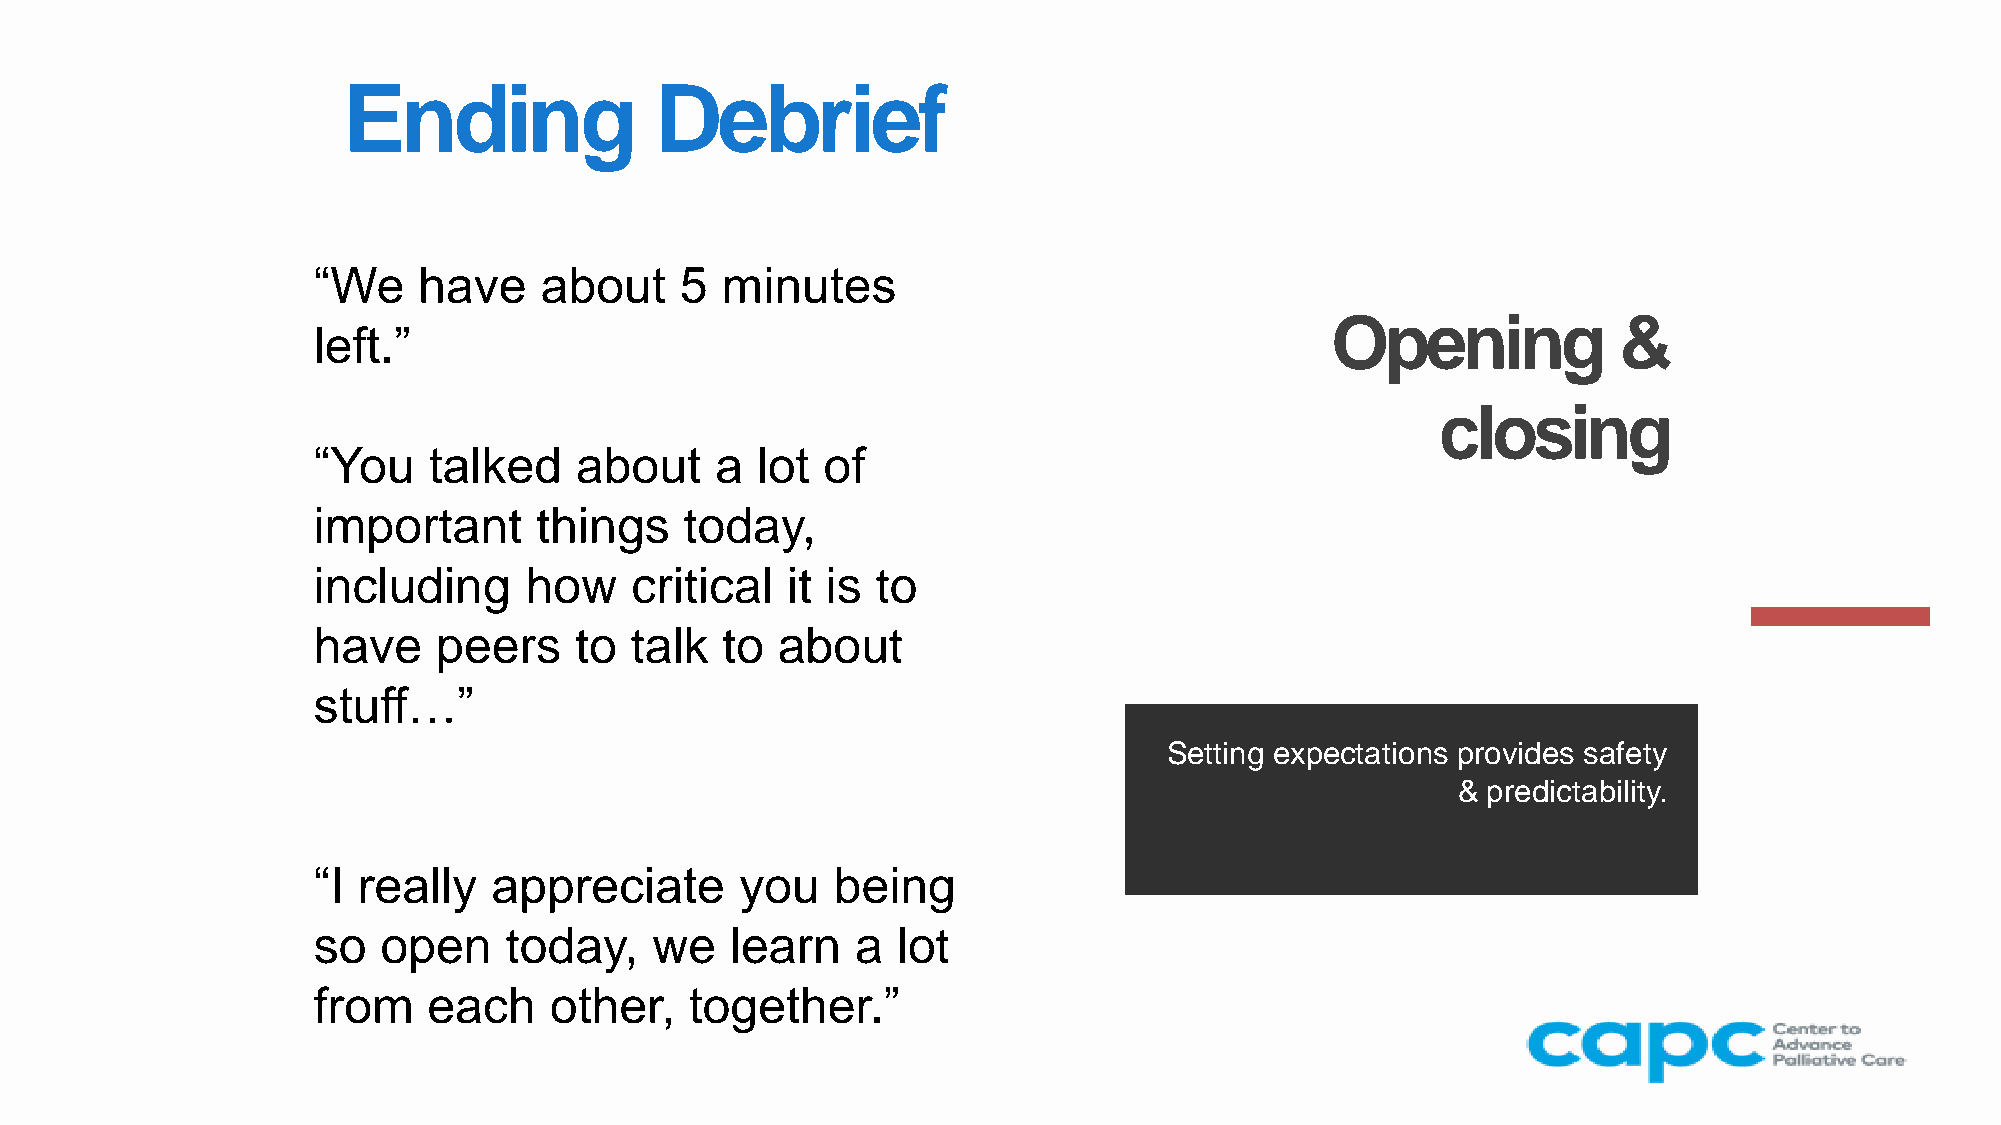
Ending              Debrief
 “We    have    about    5  minutes
 Opening            &
 left.”
 closing
 “You   talked    about    a  lot of
 important     things    today,
 including     how    critical  it is to
 have    peers    to  talk  to about
 stuff…”
 Setting expectations provides safety
 & predictability.
 “I really   appreciate      you   being
 so  open    today,    we   learn    a lot
 from   each    other,    together.”